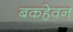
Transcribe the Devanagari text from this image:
बकहेवन